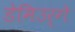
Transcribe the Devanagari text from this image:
डेमिउर्गे